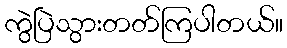
ကွဲပြဲသွားတတ်ကြပါတယ်။